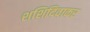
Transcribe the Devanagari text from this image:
शशिदिवाकर